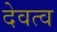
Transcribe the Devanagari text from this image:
देवत्‍व